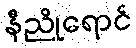
နီညိုရောင်